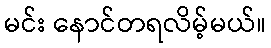
မင်း နောင်တရလိမ့်မယ်။